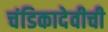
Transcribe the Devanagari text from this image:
चंडिकादेवीची